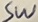
Text: SW